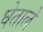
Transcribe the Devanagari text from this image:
घेताले